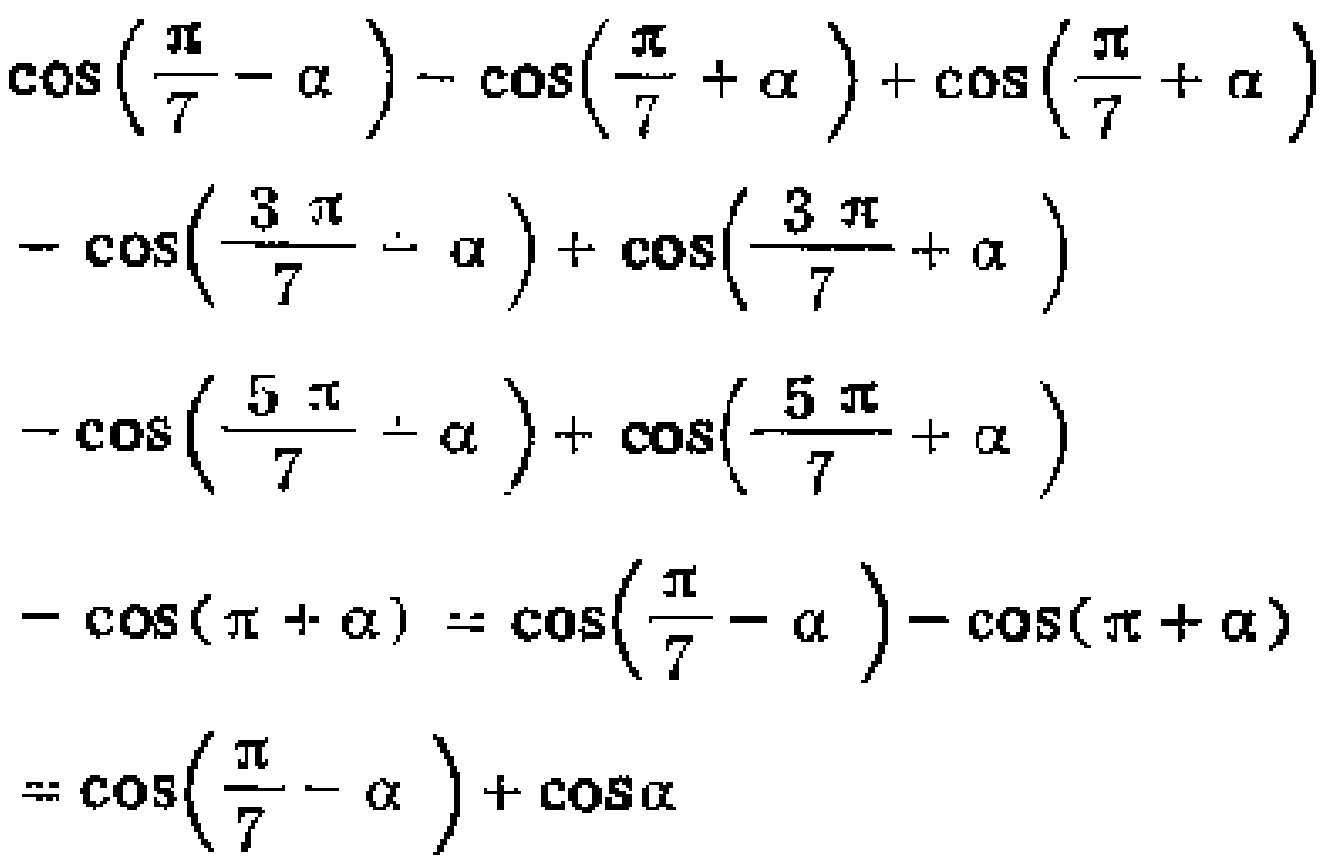
\(\cos\left(\frac{\pi}{7}-\alpha\right)-\cos\left(\frac{\pi}{7}+\alpha\right)+\cos\left(\frac{\pi}{7}+\alpha\right)-\cos\left(\frac{3\pi}{7}-\alpha\right)+\cos\left(\frac{3\pi}{7}+\alpha\right)-\cos\left(\frac{5\pi}{7}-\alpha\right)+\cos\left(\frac{5\pi}{7}+\alpha\right)-\cos(\pi+\alpha)=\cos\left(\frac{\pi}{7}-\alpha\right)-\cos(\pi+\alpha)=\cos\left(\frac{\pi}{7}-\alpha\right)+\cos\alpha\)